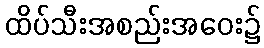
ထိပ်သီးအစည်းအဝေး၌